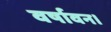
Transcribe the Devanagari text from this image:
वर्षावन।